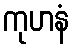
ကုဟနံ